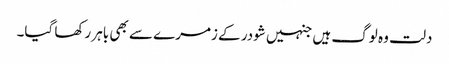
دلت وہ لوگ ہیں جنہیں شودر کے زمرے سے بھی باہر رکھا گیا۔